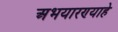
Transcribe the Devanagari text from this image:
अभयारण्याहे